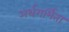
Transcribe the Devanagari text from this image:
अर्थगर्भिता